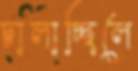
চালাচ্ছিলে